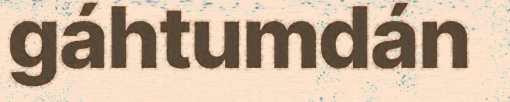
gáhtumdán